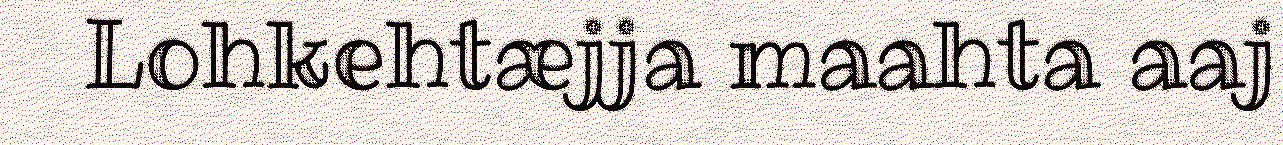
Lohkehtæjja maahta aaj